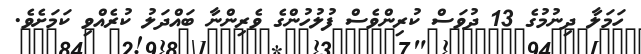
ހަމަލާ ދިނުމުގެ 13 ދުވަސް ކުރިންވެސް ފުލުހުންގެ ވެރިންނާ ބައްދަލު ކުރެއްވި ކަމަށެވެ.